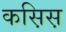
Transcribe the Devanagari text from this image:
कस़िस़